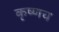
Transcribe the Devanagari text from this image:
कृष्णच